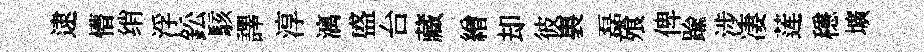
逮懵绡浮鈆駭譯淳漓盛台藏繒却彼裏磊飱俾踰涉凄莲穩壙